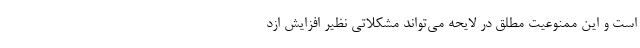
است و این ممنوعیت‌ مطلق در لایحه می‌تواند مشکلاتی نظیر افزایش ازد